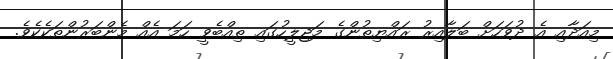
މިއަދާއި އެ ދުވަހަށް ބަލާއިރު ރައްޔިތުންގެ މަޖިލީހުގައި ތިއްބެވީ ހަމަ އެއް މެންބަރުންތަކެކެވެ.